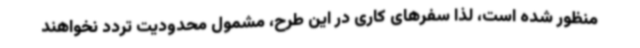
منظور شده است، لذا سفرهای کاری در این طرح، مشمول محدودیت تردد نخواهند